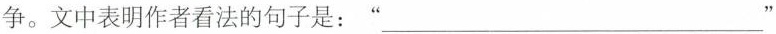
争。文中表明作者看法的句子是：” ___”